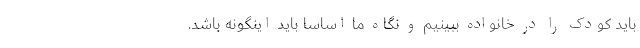
باید کودک را در خانواده ببینیم و نگاه ما اساسا باید اینگونه باشد.